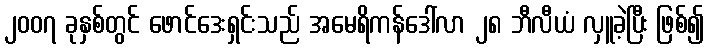
၂၀၀၇ ခုနှစ်တွင် ဖောင်ဒေးရှင်းသည် အမေရိကန်ဒေါ်လာ ၂၈ ဘီလီယံ လှူခဲ့ပြီး ဖြစ်၍